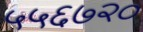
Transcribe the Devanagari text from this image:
५५६७२०